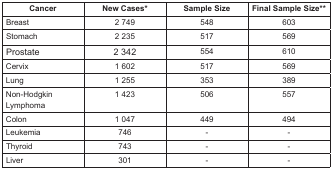
<table><thead><tr><td><b>Cancer</b></td><td><b>New Cases*</b></td><td><b>Sample Size</b></td><td><b>Final Sample Size**</b></td></tr></thead><tbody><tr><td>Breast</td><td>2 749</td><td>548</td><td>603</td></tr><tr><td>Stomach</td><td>2 235</td><td>517</td><td>569</td></tr><tr><td>Prostate</td><td>2 342</td><td>554</td><td>610</td></tr><tr><td>Cervix</td><td>1 602</td><td>517</td><td>569</td></tr><tr><td>Lung</td><td>1 255</td><td>353</td><td>389</td></tr><tr><td>Non-Hodgkin Lymphoma</td><td>1 423</td><td>506</td><td>557</td></tr><tr><td>Colon</td><td>1 047</td><td>449</td><td>494</td></tr><tr><td>Leukemia</td><td>746</td><td>-</td><td>-</td></tr><tr><td>Thyroid</td><td>743</td><td>-</td><td>-</td></tr><tr><td>Liver</td><td>301</td><td>-</td><td>-</td></tr></tbody></table>